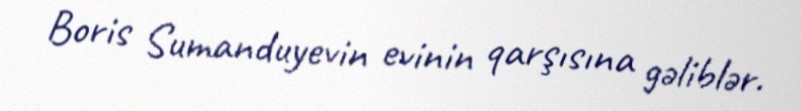
Boris Sumanduyevin evinin qarşısına gəliblər.